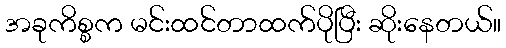
အခုကိစ္စက မင်းထင်တာထက်ပိုပြီး ဆိုးနေတယ်။